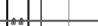
٨٦